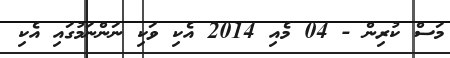
މަސް ކުރިން - 04 މެއި 2014 އެކި ވަކި ނަންނަމުގައި އެކި